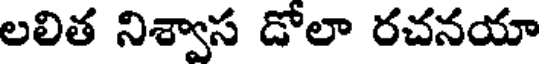
లలిత నిశ్వాస డోలా రచనయా